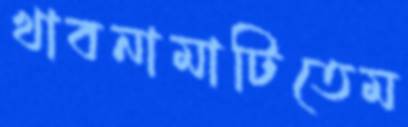
খাবনামাটিতেম